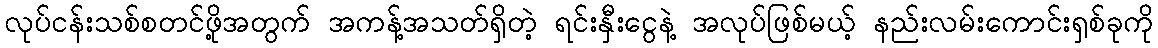
လုပ်ငန်းသစ်စတင်ဖို့အတွက် အကန့်အသတ်ရှိတဲ့ ရင်းနှီးငွေနဲ့ အလုပ်ဖြစ်မယ့် နည်းလမ်းကောင်းရှစ်ခုကို